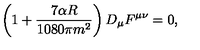
\left( 1 + \frac { 7 \alpha R } { 1 0 8 0 \pi m ^ { 2 } } \right) D _ { \mu } F ^ { \mu \nu } = 0 ,